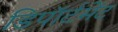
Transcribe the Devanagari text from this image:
डिपॉर्टमेंट